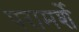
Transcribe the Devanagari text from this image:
परामर्शे